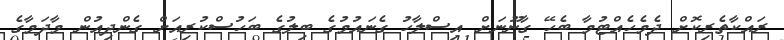
ރައްކާތެރިކޮށް ދެމެހެއްޓުމާ ބެހޭ ގާނޫނަށް އިސްލާހު ގެނައުމުގެ ބިލުގެ ބަހުސްކުރިއަށް ގެންދިއުން މާދަމާގެ